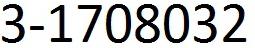
3-1708032